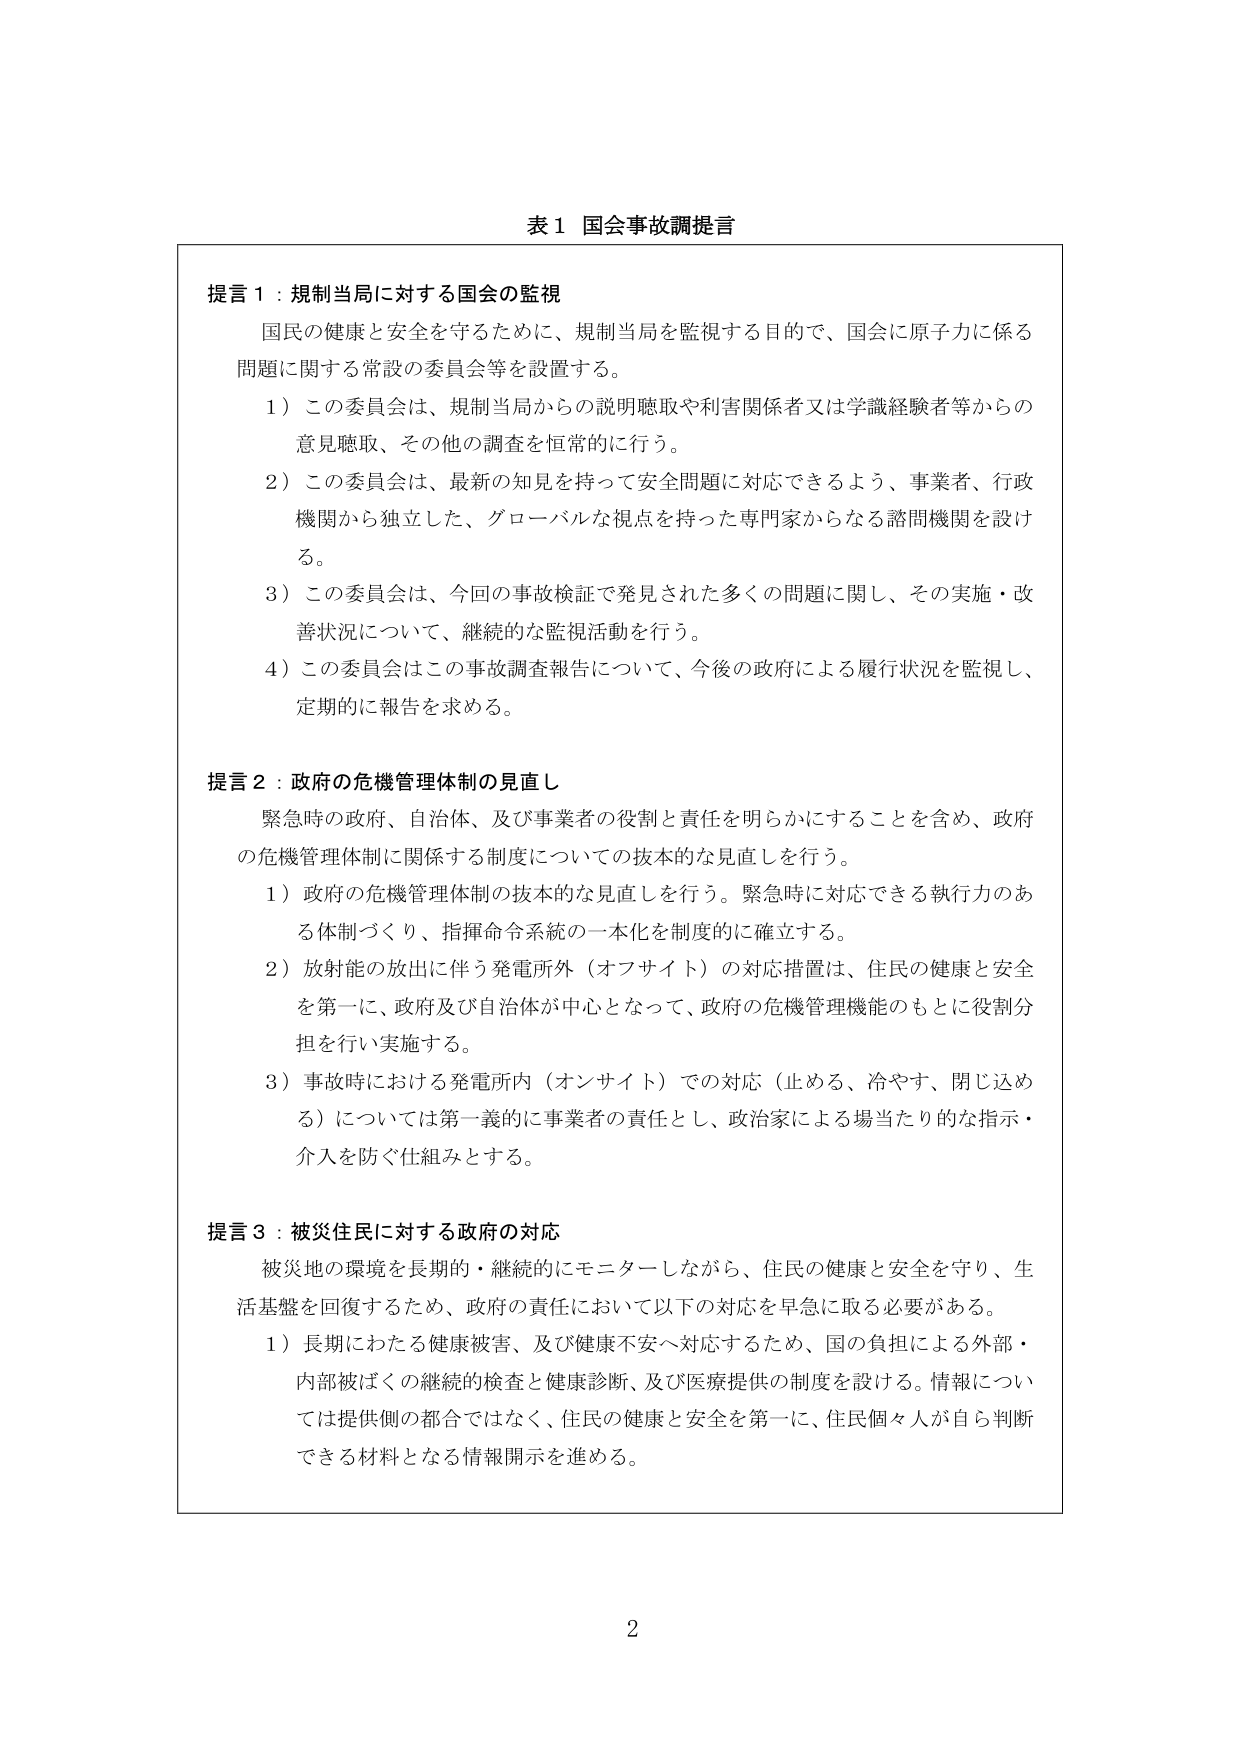
表１ 国会事故調提言

提言１：規制当局に対する国会の監視
国民の健康と安全を守るために、規制当局を監視する目的で、国会に原子力に係る
問題に関する常設の委員会等を設置する。
１）この委員会は、規制当局からの説明聴取や利害関係者又は学識経験者等からの
意見聴取、その他の調査を恒常的に行う。
２）この委員会は、最新の知見を持って安全問題に対応できるよう、事業者、行政
機関から独立した、グローバルな視点を持った専門家からなる諮問機関を設け
る。
３）この委員会は、今回の事故検証で発見された多くの問題に関し、その実施・改
善状況について、継続的な監視活動を行う。
４）この委員会はこの事故調査報告について、今後の政府による履行状況を監視し、
定期的に報告を求める。

提言２：政府の危機管理体制の見直し
緊急時の政府、自治体、及び事業者の役割と責任を明らかにすることを含め、政府
の危機管理体制に関係する制度についての抜本的な見直しを行う。
１）政府の危機管理体制の抜本的な見直しを行う。緊急時に対応できる執行力のあ
る体制づくり、指揮命令系統の一本化を制度的に確立する。
２）放射能の放出に伴う発電所外（オフサイト）の対応措置は、住民の健康と安全
を第一に、政府及び自治体が中心となって、政府の危機管理機能のもとに役割分
担を行い実施する。
３）事故時における発電所内（オンサイト）での対応（止める、冷やす、閉じ込め
る）については第一義的に事業者の責任とし、政治家による場当たり的な指示・
介入を防ぐ仕組みとする。

提言３：被災住民に対する政府の対応
被災地の環境を長期的・継続的にモニターしながら、住民の健康と安全を守り、生
活基盤を回復するため、政府の責任において以下の対応を早急に取る必要がある。
１）長期にわたる健康被害、及び健康不安へ対応するため、国の負担による外部・
内部被ばくの継続的検査と健康診断、及び医療提供の制度を設ける。情報につい
ては提供側の都合ではなく、住民の健康と安全を第一に、住民個々人が自ら判断
できる材料となる情報開示を進める。

2